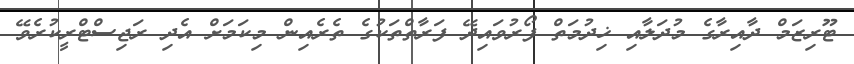
ޓޫރިޒަމް ދާއިރާގެ މުދަލާއި ޚިދުމަތް ފޯރުވައިދޭ ފަރާތްތަކުގެ ތެރެއިން މިކަމަށް އެދި ރަޖިސްޓްރީކުރެވޭ